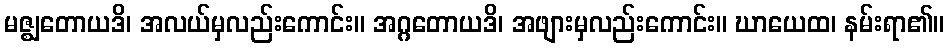
မဇ္ဈတောယဒိ၊ အလယ်မှလည်းကောင်း။ အဂ္ဂတောယဒိ၊ အဖျားမှလည်းကောင်း။ ဃာယေထ၊ နမ်းရာ၏။